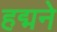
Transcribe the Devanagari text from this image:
हद्मने